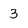
Character: 3